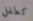
كطفل